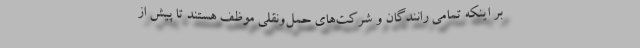
بر اینکه تمامی رانندگان و شرکت‌های حمل‌ونقلی موظف هستند تا پیش از